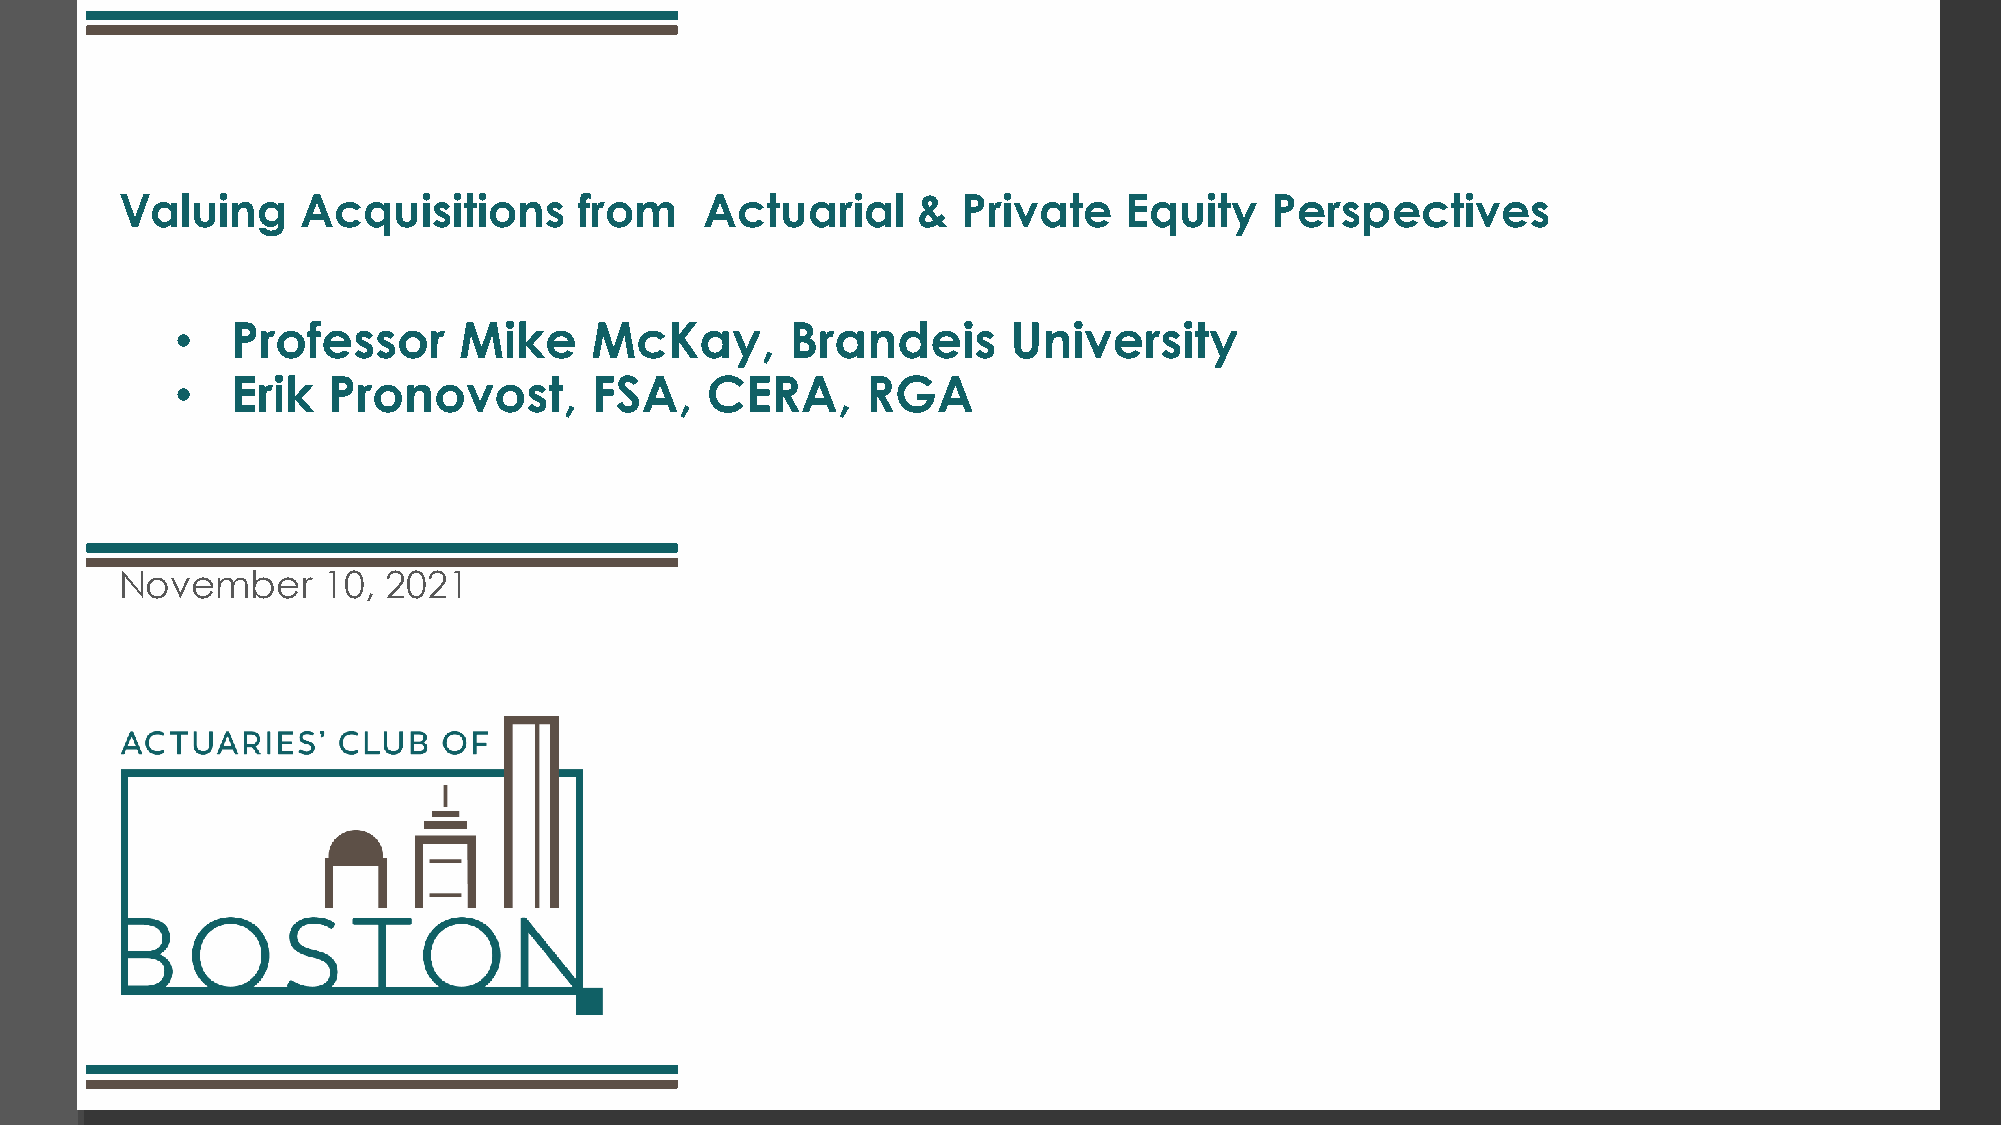
Valuing     Acquisitions      from     Actuarial     &  Private   Equity    Perspectives
 •  Professor      Mike     McKay,       Brandeis       University
 •  Erik   Pronovost,       FSA,    CERA,     RGA
 November     10,  2021